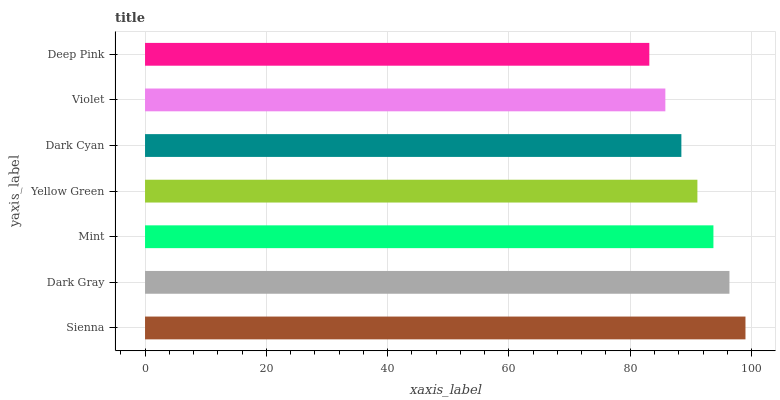
| yaxis_label | bars |
 | --- | --- |
 | Sienna | 99 |
 | Dark Gray | 96.4 |
 | Mint | 93.7 |
 | Yellow Green | 91.1 |
 | Dark Cyan | 88.4 |
 | Violet | 85.8 |
 | Deep Pink | 83.1 |